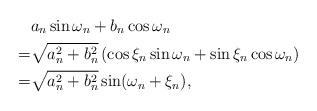
LaTeX: \begin{align*} & a_n \sin \omega_n + b_n \cos \omega_n \\ = &\sqrt{a_n^2 + b_n^2} \left( \cos \xi_n \sin \omega_n + \sin \xi_n \cos \omega_n \right) \\ = &\sqrt{a_n^2 + b_n^2} \sin (\omega_n + \xi_n),\end{align*}